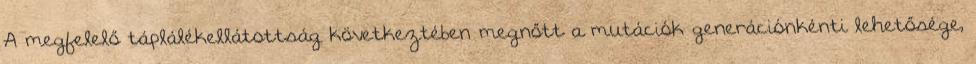
A megfelelő táplálékellátottság következtében megnőtt a mutációk generációnkénti lehetősége,